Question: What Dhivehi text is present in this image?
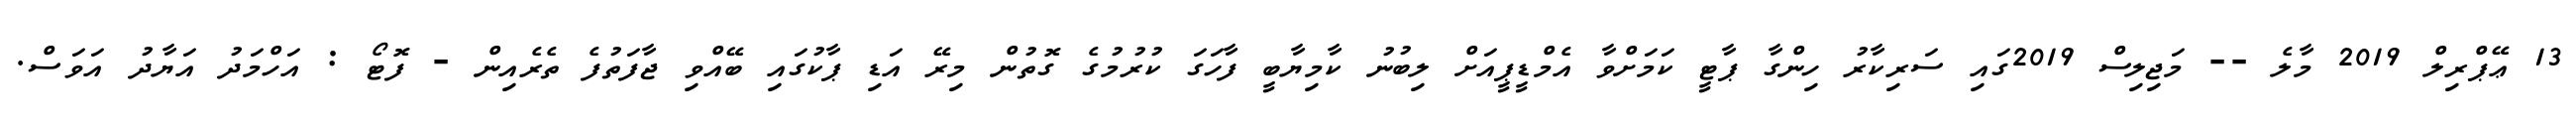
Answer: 13 ޢޭޕްރިލް 2019 މާލެ -- މަޖިލިސް 2019ގައި ސަރިކާރު ހިންގާ ޕާޓީ ކަމަށްވާ އެމްޑީޕީއަށް ލިބުނު ކާމިޔާބީ ފާހަގަ ކުރުމުގެ ގޮތުން މިރޭ އަޑި ޕާކުގައި ބޭއްވި ޖާފަތުފެ ތެރެއިން - ފޮޓޯ : އަހްމަދު އަޔާދު އަވަސް.